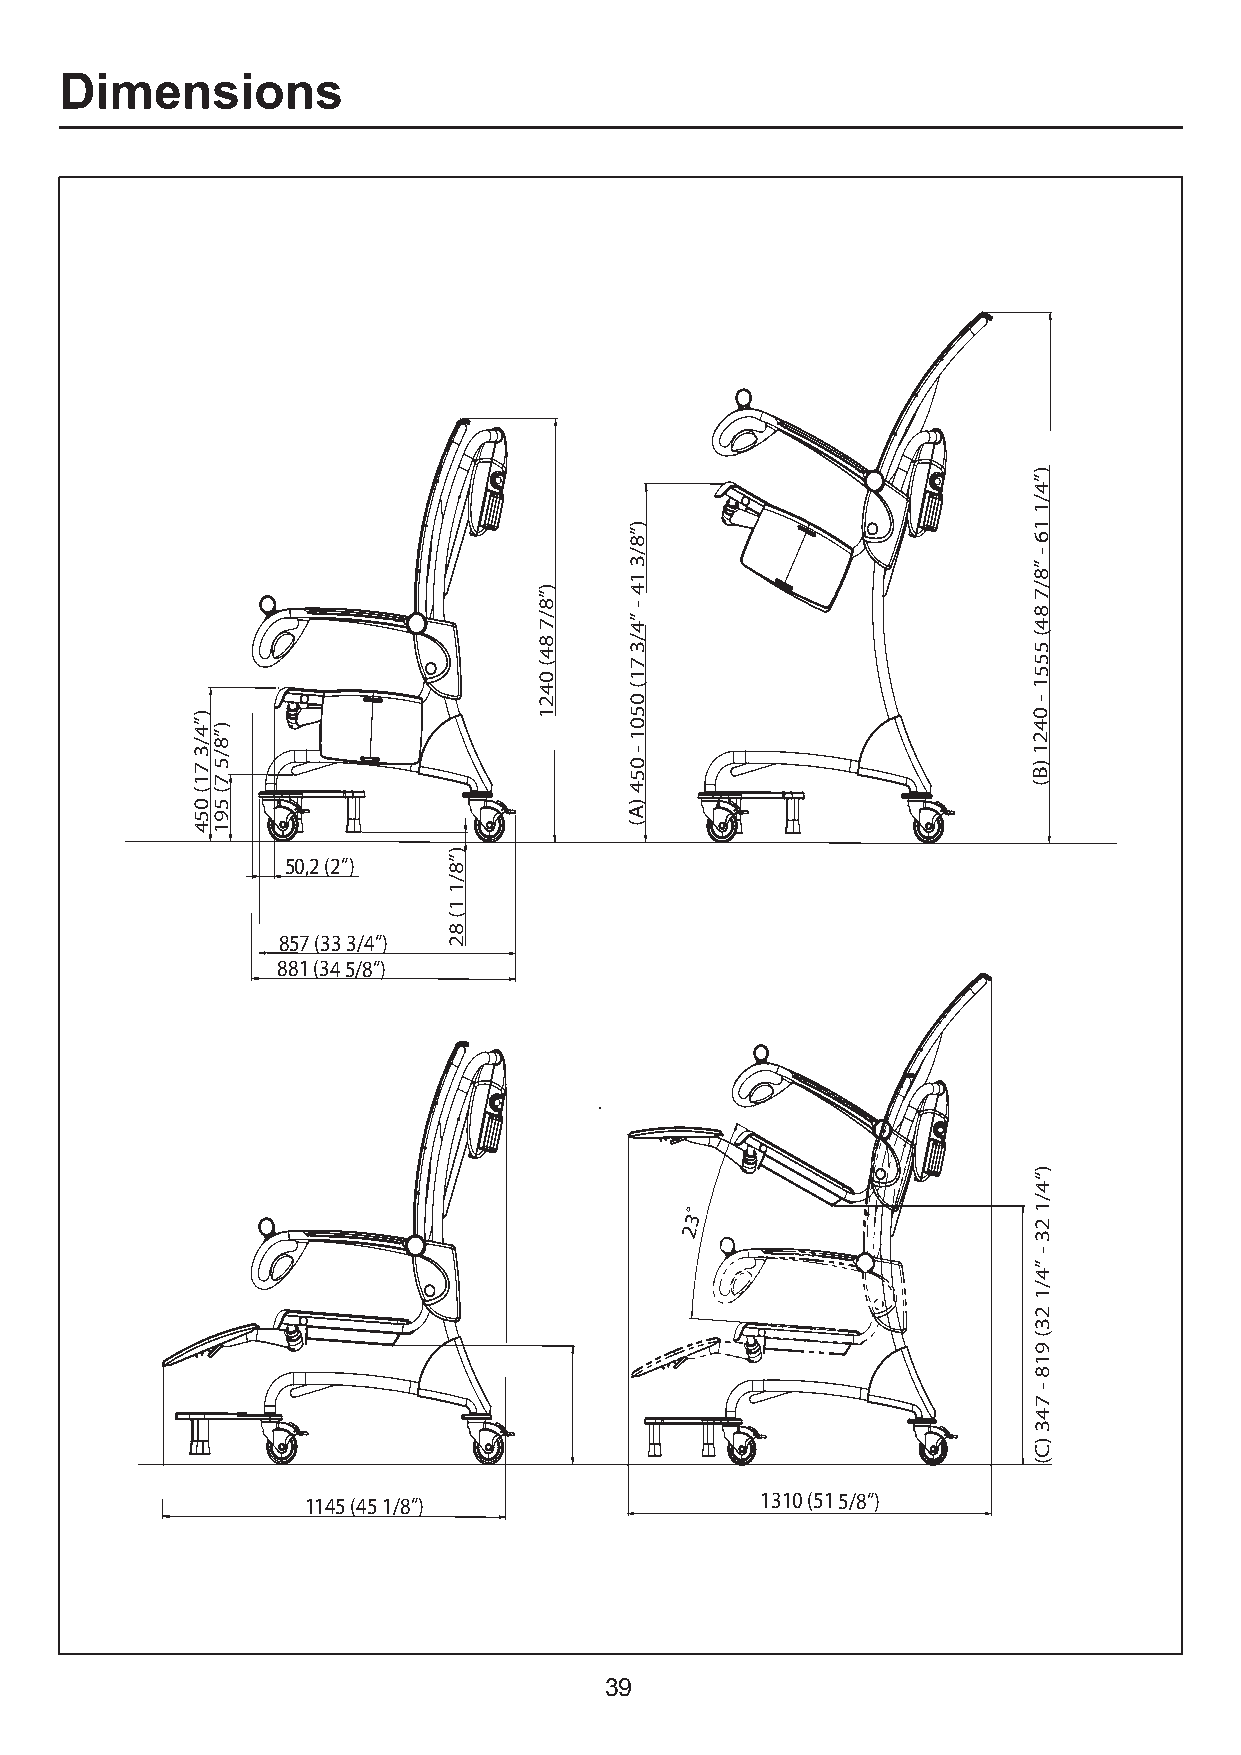
Dimensions
 )
 ”
 4
 /
 1
 )                         1
 8”                        6
 /                         -
 3                         ”
 1                         8
 7/8”)
 4”
 -
 4
 48
 7/
 0
 (48
 17
 3/                        555 (
 24
 0
 (
 -
 1
 )                      1      5                         0
 0
 (17
 3/4”
 5
 (7
 5/8”)
 )
 450
 -
 10
 (B)
 124
 59                           A
 41                           (
 )
 50,2 (2”)  8”
 /
 1
 1
 (
 8
 857 (33 3/4”) 2
 881 (34 5/8”)
 )
 “
 4
 /
 ˚                      1
 23
 2
 3
 -
 ”
 4
 /
 1
 2
 3
 (
 9
 1
 8
 -
 7
 4
 3
 )
 C
 (
 1145 (45 1/8”)                1310 (51 5/8”)
 39